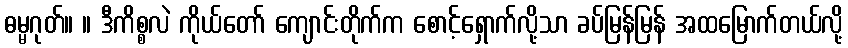
ဓမ္မဂုတ်။ ။ ဒီကိစ္စလဲ ကိုယ်တော် ကျောင်းတိုက်က စောင့်ရှောက်လို့သာ ခပ်မြန်မြန် အထမြောက်တယ်လို့